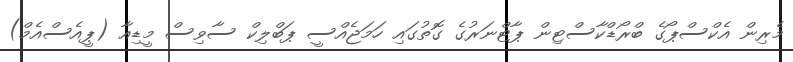
މެރިން އެކްސްޕޯގެ ބްރޯޑްކާސްޓިން ޕާޓްނަރުގެ ގޮތުގައި ހަމަޖެއްސީ ޕަބްލިކް ސާވިސް މީޑިއާ (ޕީއެސްއެމް)